Notes on vaccination in the North-West Frontier Province 1923-1928 - 1923-1928
Year: 1923
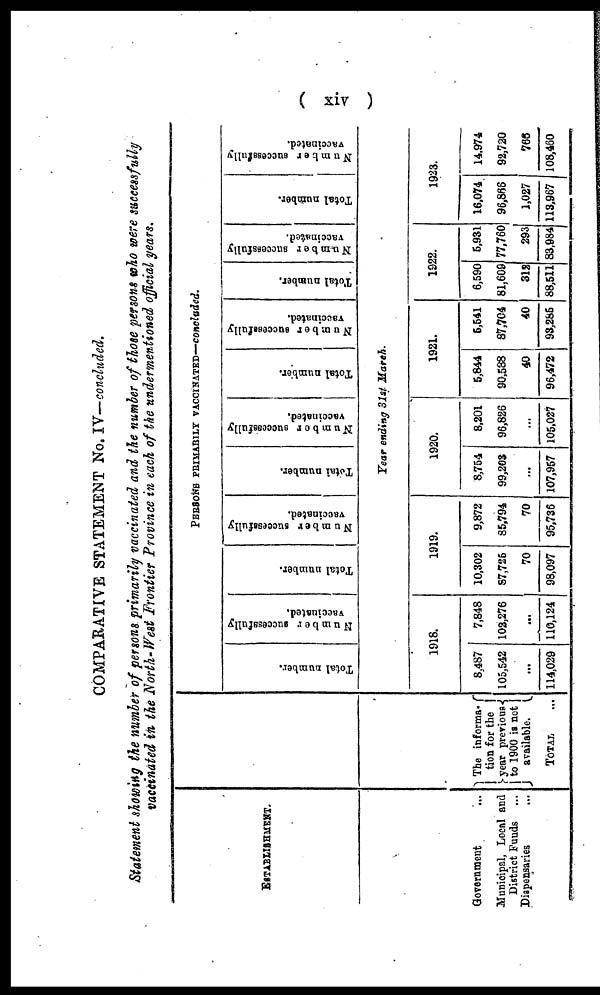
( xiv )
COMPARATIVE STATEMENT No. IV—concluded.
Statement showing the number of persons primarily vaccinated and the number of those persons who were successfully
vaccinated in the North-West Frontier Province in each of the undermentioned official years.
ESTABLISHMENT.
Government ...
Municipal, Local and
District Funds ...
Dispensaries ...
The informa¬
tion for the
year previous
to 1900 is not
available.
TOTAL ...
PERSONS PRIMARILY VACCINATED—concluded.
Total number.
Number successfully
vaccinated.
Total number.
Number successfully
vaccinated.
Total number.
Number successfully
vaccinated.
Total number.
Number successfully
vaccinated.
Total number.
Number successfully
vaccinated.
Total number.
Number successfully
vaccinated.
Year ending 31st March.
1918.
8,487
105,542
...
114,029
7,848
102,276
...
110,124
1919.
10,302
87,726
70
98,097
9,872
85,794
70
95,736
1920.
8,754
99,203
...
107,957
8,201
96,826
...
105,027
1921.
5,844
90,588
40
96,472
5,541
87,704
40
93,285
1922.
6,590
81,609
312
88,511
5,931
77,760
293
83,984
1923.
16,074
96,866
1,027
113,967
14,974
92,720
766
108,460